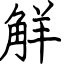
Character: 觧